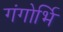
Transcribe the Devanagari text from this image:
गंगोर्भि